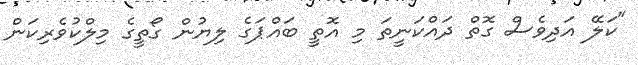
"ކަލޭ އަދިވެސް ގޮތް ދައްކަނީތަ މި އޮތީ ބައްޕަގެ ލިޔުން ގޯތީގެ މިލްކުވެރިކަން